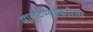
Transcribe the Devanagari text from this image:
पालटण्याकरिता